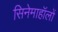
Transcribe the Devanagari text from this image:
सिनेमाहॉलों